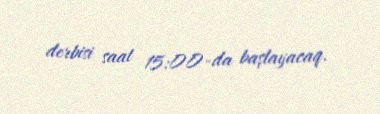
derbisi saat 15:00-da başlayacaq.